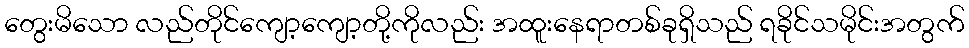
တွေးမိသော လည်တိုင်ကျော့ကျော့တို့ကိုလည်း အထူးနေရာတစ်ခုရှိသည် ရခိုင်သမိုင်းအတွက်